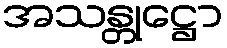
အသန္တုဋ္ဌော